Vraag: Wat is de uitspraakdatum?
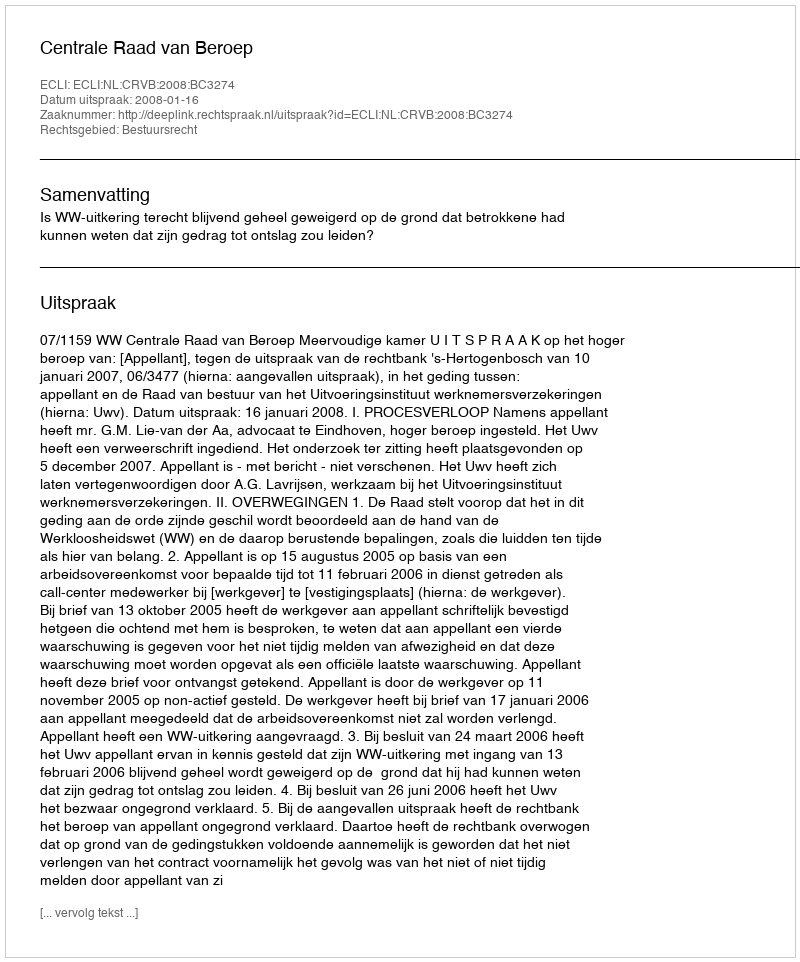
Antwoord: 2008-01-16